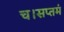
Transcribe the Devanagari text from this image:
च।सप्तमं